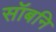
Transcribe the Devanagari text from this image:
सॉबनि